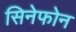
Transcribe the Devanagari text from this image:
सिनेफोन